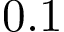
0 . 1